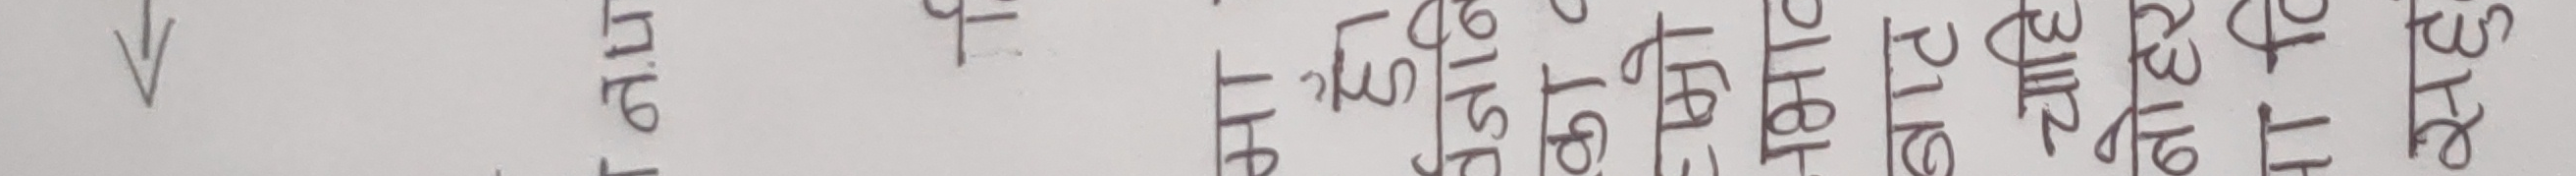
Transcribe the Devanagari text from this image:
अ.नि.त